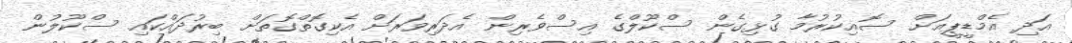
އަދި އެމްޑީޕީއަށް ސޮއިކުރުމާ ގުޅިގެން ސްކޫލްގެ އިސްވެރިން އެދަރިވަރަށް އެކިގޮތްގޮތަށް ބިރުދައްކައި ސްކޫލުން